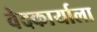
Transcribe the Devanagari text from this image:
वेदकार्याला